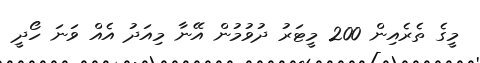
މީގެ ތެރެއިން 200 މީޓަރު ދުވުމުން އޭނާ މިއަދު އެއް ވަނަ ހޯދީ